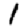
Digit: 1